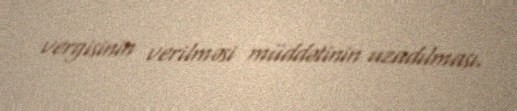
vergisinin verilməsi müddətinin uzadılması.